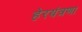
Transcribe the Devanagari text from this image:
हेरयंत्रणा